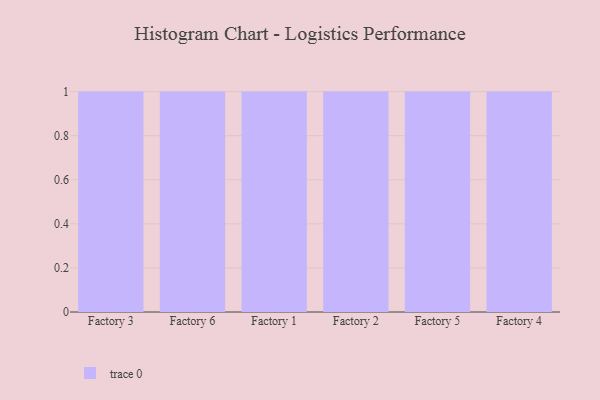
{"axis": {"x": "Factory", "y": "Latency (ms)"}, "legend": [""], "data": [{"x": "Factory 3", "y": 3, "type": ""}, {"x": "Factory 6", "y": 51, "type": ""}, {"x": "Factory 1", "y": 69, "type": ""}, {"x": "Factory 2", "y": 12, "type": ""}, {"x": "Factory 5", "y": 22, "type": ""}, {"x": "Factory 4", "y": 89, "type": ""}]}